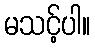
မသင့်ပါ။